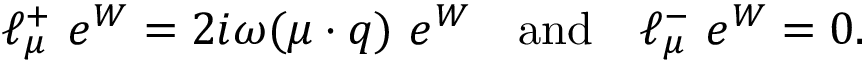
\ell _ { \mu } ^ { + } ~ e ^ { W } = 2 i \omega ( \mu \cdot q ) ~ e ^ { W } \quad \mathrm { a n d } \quad \ell _ { \mu } ^ { - } ~ e ^ { W } = 0 .